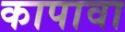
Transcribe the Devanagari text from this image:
कापावा